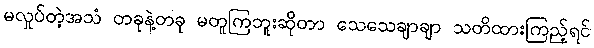
မလှုပ်တဲ့အသံ တခုနဲ့တခု မတူကြဘူးဆိုတာ သေသေချာချာ သတိထားကြည့်ရင်